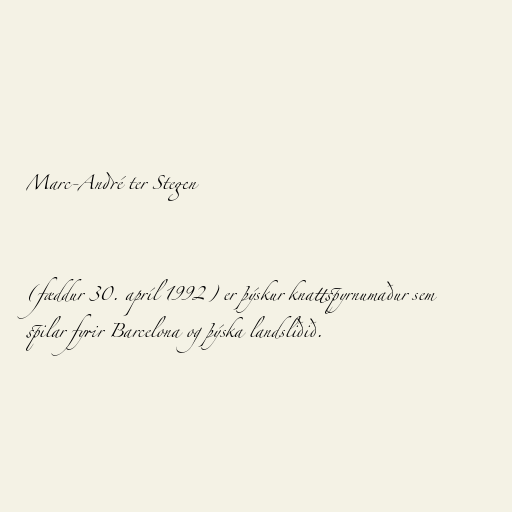
Marc-André ter Stegen

(fæddur 30. apríl 1992) er þýskur knattspyrnumaður sem
spilar fyrir Barcelona og þýska landsliðið.